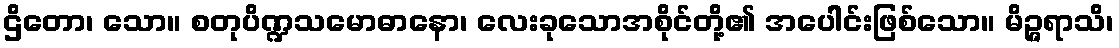
ဌိတော၊ သော။ စတုပိဏ္ဍသမောဓာနော၊ လေးခုသောအစိုင်တို့၏ အပေါင်းဖြစ်သော။ မိဉ္ဇရာသိ၊